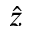
\hat { z }